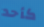
كأحد